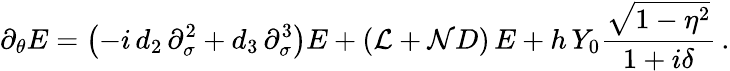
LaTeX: \partial_{\theta}E=\left(-i\, d_{2}\, \partial_{\sigma}^{2}+d_{3}\, \partial_{\sigma}^{3}\right)E+\left(\mathcal{L}+\mathcal{N}D\right)\, E+h\, Y_{0}\frac{\sqrt{1-\eta^{2}}}{1+i\delta}\, .